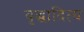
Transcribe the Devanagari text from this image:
वृद्धादित्य